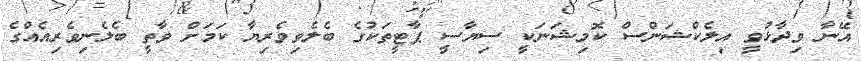
އޭނާ ވިދާޅުވީ އިލެކްޝަންސް ކޮމިޝަނަކީ ސިޔާސީ ޕާޓީތަކުގެ ބެލެވިވެރިޔާ ކަމަށް ވާތީ ބެލެނިވެރިއެއްގެ